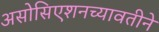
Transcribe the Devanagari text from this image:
असोसिएशनच्यावतीने